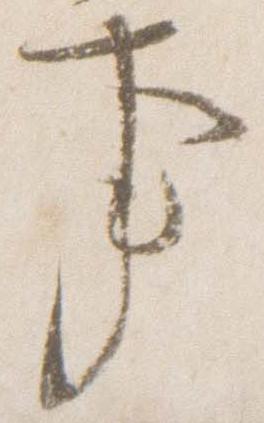
事